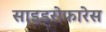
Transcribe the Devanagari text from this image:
साइड्रोफारेस